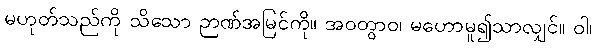
မဟုတ်သည်ကို သိသော ဉာဏ်အမြင်ကို။ အဝတွာဝ၊ မဟောမူ၍သာလျှင်။ ဝါ၊